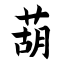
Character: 葫